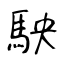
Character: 駚